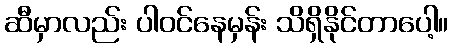
ဆီမှာလည်း ပါဝင်နေမှန်း သိရှိနိုင်တာပေါ့။